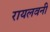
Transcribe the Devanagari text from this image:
रायलवनी